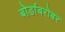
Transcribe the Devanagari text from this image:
बोर्डाबरोबर